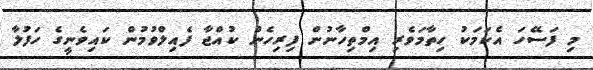
މި ފަސޭހަ އެކަމަކު ހިތާމަވެރި އިމްތިހާނުން ފިރިހެން ކުއްޖާ ފެއިލްވުމުން ކައިވެނީގެ ހަފުލާ